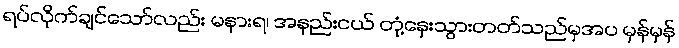
ရပ်လိုက်ချင်သော်လည်း မနားရ၊ အနည်းငယ် တုံ့နှေးသွားတတ်သည်မှအပ မှန်မှန်